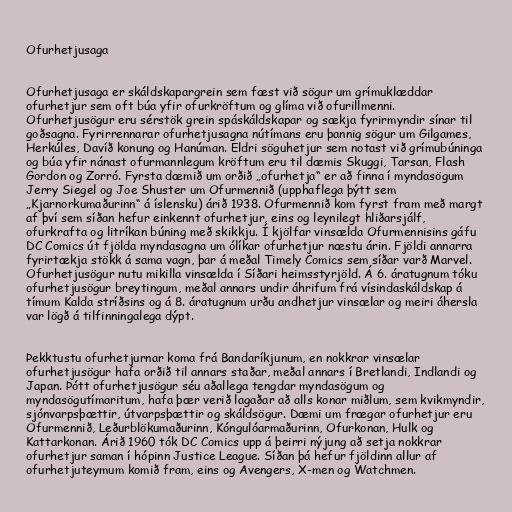
Ofurhetjusaga

Ofurhetjusaga er skáldskapargrein sem fæst við sögur um grímuklæddar
ofurhetjur sem oft búa yfir ofurkröftum og glíma við ofurillmenni.
Ofurhetjusögur eru sérstök grein spáskáldskapar og sækja fyrirmyndir sínar til
goðsagna. Fyrirrennarar ofurhetjusagna nútímans eru þannig sögur um Gilgames,
Herkúles, Davíð konung og Hanúman. Eldri söguhetjur sem notast við grímubúninga
og búa yfir nánast ofurmannlegum kröftum eru til dæmis Skuggi, Tarsan, Flash
Gordon og Zorró. Fyrsta dæmið um orðið „ofurhetja“ er að finna í myndasögum
Jerry Siegel og Joe Shuster um Ofurmennið (upphaflega þýtt sem
„Kjarnorkumaðurinn“ á íslensku) árið 1938. Ofurmennið kom fyrst fram með margt
af því sem síðan hefur einkennt ofurhetjur, eins og leynilegt hliðarsjálf,
ofurkrafta og litríkan búning með skikkju. Í kjölfar vinsælda Ofurmennisins gáfu
DC Comics út fjölda myndasagna um ólíkar ofurhetjur næstu árin. Fjöldi annarra
fyrirtækja stökk á sama vagn, þar á meðal Timely Comics sem síðar varð Marvel.
Ofurhetjusögur nutu mikilla vinsælda í Síðari heimsstyrjöld. Á 6. áratugnum tóku
ofurhetjusögur breytingum, meðal annars undir áhrifum frá vísindaskáldskap á
tímum Kalda stríðsins og á 8. áratugnum urðu andhetjur vinsælar og meiri áhersla
var lögð á tilfinningalega dýpt.

Þekktustu ofurhetjurnar koma frá Bandaríkjunum, en nokkrar vinsælar
ofurhetjusögur hafa orðið til annars staðar, meðal annars í Bretlandi, Indlandi og
Japan. Þótt ofurhetjusögur séu aðallega tengdar myndasögum og
myndasögutímaritum, hafa þær verið lagaðar að alls konar miðlum, sem kvikmyndir,
sjónvarpsþættir, útvarpsþættir og skáldsögur. Dæmi um frægar ofurhetjur eru
Ofurmennið, Leðurblökumaðurinn, Kóngulóarmaðurinn, Ofurkonan, Hulk og
Kattarkonan. Árið 1960 tók DC Comics upp á þeirri nýjung að setja nokkrar
ofurhetjur saman í hópinn Justice League. Síðan þá hefur fjöldinn allur af
ofurhetjuteymum komið fram, eins og Avengers, X-men og Watchmen.